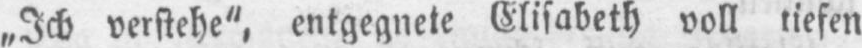
„Ich verstehe“, entgegnete Elisabeth voll tiefen